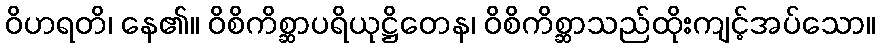
ဝိဟရတိ၊ နေ၏။ ဝိစိကိစ္ဆာပရိယုဋ္ဌိတေန၊ ဝိစိကိစ္ဆာသည်ထိုးကျင့်အပ်သော။